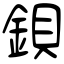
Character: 鋇